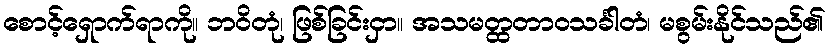
စောင့်ရှောက်ရာကို။ ဘဝိတုံ၊ ဖြစ်ခြင်းငှာ။ အသမတ္ထတာဝသင်္ခါတံ၊ မစွမ်းနိုင်သည်၏